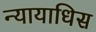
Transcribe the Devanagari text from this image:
न्यायाधिस